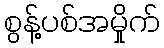
စွန့်ပစ်အမှိုက်